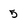
Character: 5